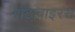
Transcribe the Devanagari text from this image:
रोटावाइरस